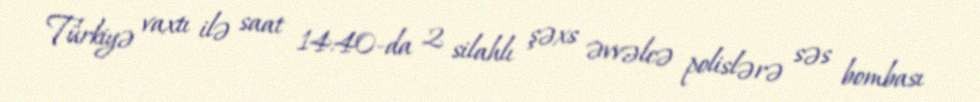
Türkiyə vaxtı ilə saat 14:40-da 2 silahlı şəxs əvvəlcə polislərə səs bombası